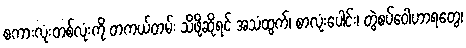
စကားလုံးတစ်လုံးကို တကယ်တမ်း သိဖို့ဆိုရင် အသံထွက်၊ စာလုံးပေါင်း၊ တွဲစပ်ဝေါဟာရတွေ၊